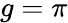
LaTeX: g=\pi